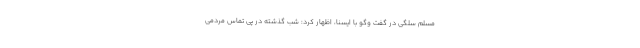
مسلم سلگی در گفت وگو با ایسنا، اظهار کرد: شب گذشته در پی تماس مردمی